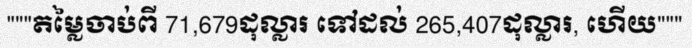
"""តម្លៃចាប់ពី 71,679ដុល្លារ ទៅដល់ 265,407ដុល្លារ, ហើយ"""